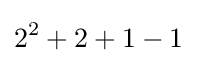
2^{2}+2+1-1